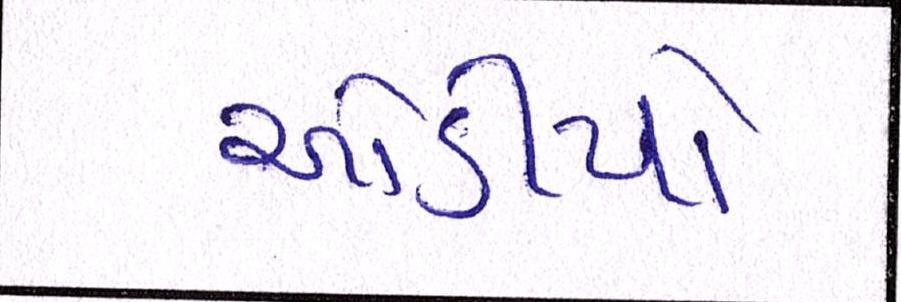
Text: ઓડીયો